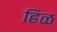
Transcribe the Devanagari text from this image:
हिळ